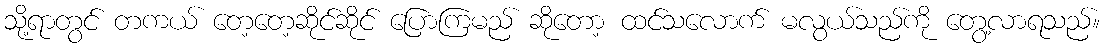
သို့ရာတွင် တကယ် တေ့တေ့ဆိုင်ဆိုင် ပြောကြမည် ဆိုတော့ ထင်သလောက် မလွယ်သည်ကို တွေ့လာရသည်။